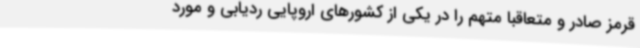
قرمز صادر و متعاقباً متهم را در یکی از کشورهای اروپایی ردیابی و مورد